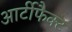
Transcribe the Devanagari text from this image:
आर्टीफैक्ट